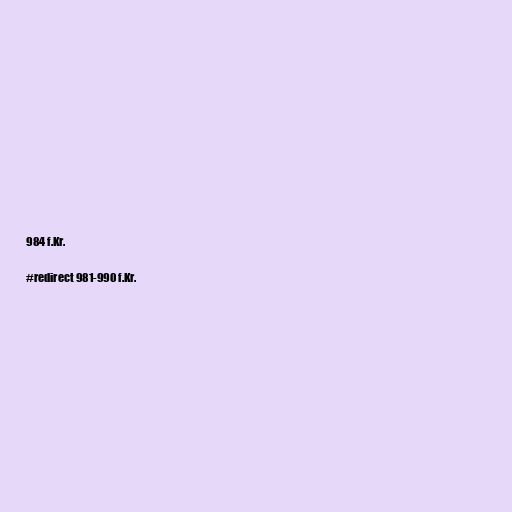
984 f.Kr.

#redirect 981-990 f.Kr.